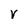
Character: V